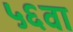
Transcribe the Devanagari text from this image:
५६वा